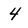
Character: 4